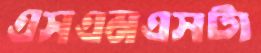
এসএমএসটা